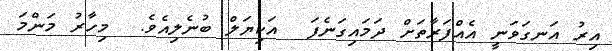
އިރު އަނގަވަނީ އެއްފަރާތަށް ދަމައިގަނެފަ  އަކިޔަލް ބުނެލިއެވެ.  މިހާރު މަންމަ